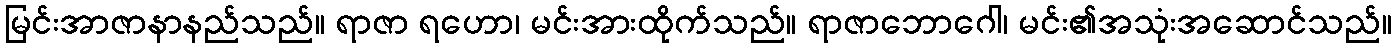
မြင်းအာဇာနာနည်သည်။ ရာဇာ ရဟော၊ မင်းအားထိုက်သည်။ ရာဇာဘောဂေါ၊ မင်း၏အသုံးအဆောင်သည်။